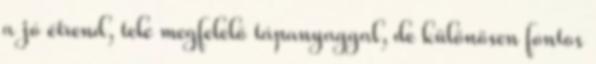
a jó étrend, tele megfelelő tápanyaggal, de különösen fontos